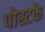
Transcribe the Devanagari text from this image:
पोस्टके